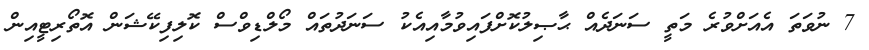
7 ނުވަތަ އެއަށްވުރެ މަތީ ސަނަދެއް ޙާޞިލުކޮށްފައިވުމާއިއެކު ސަނަދުތައް މޯލްޑިވްސް ކޮލިފިކޭޝަން އޮތޯރިޓީއިން